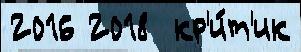
2016 2018  кр'и́т'ик